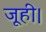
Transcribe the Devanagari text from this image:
जूही।